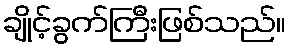
ချိုင့်ခွက်ကြီးဖြစ်သည်။